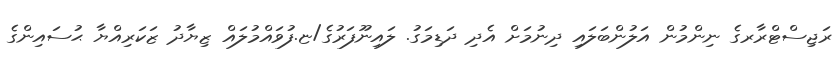
ރަޖިސްޓްރާރގެ ނިންމުން އަލުންބަލައި ދިނުމަށް އެދި ދަޑިމަގު. ލައިނޫފަރުގެ/ޏ.ފުވައްމުލައް ޒިޔާދު ޒަކަރިއްޔާ ޙުސައިންގެ